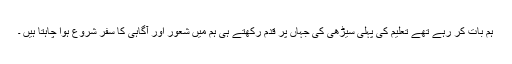
ہم بات کر رہے تھے تعلیم کی پہلی سیڑھی کی جہاں پر قدم رکھتے ہی ہم میں شعور اور آگاہی کا سفر شروع ہوا چاہتا ہیں ۔